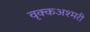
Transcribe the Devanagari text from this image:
वृक्कअश्मरी